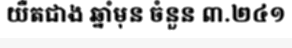
យឺតជាង ឆ្នាំមុន ចំនួន ៣.២៤១